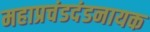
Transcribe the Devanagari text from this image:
महाप्रचंडदंडनायक